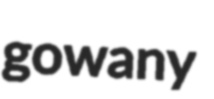
gowany